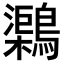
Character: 𪆂